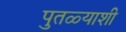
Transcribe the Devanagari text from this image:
पुतळ्याशी